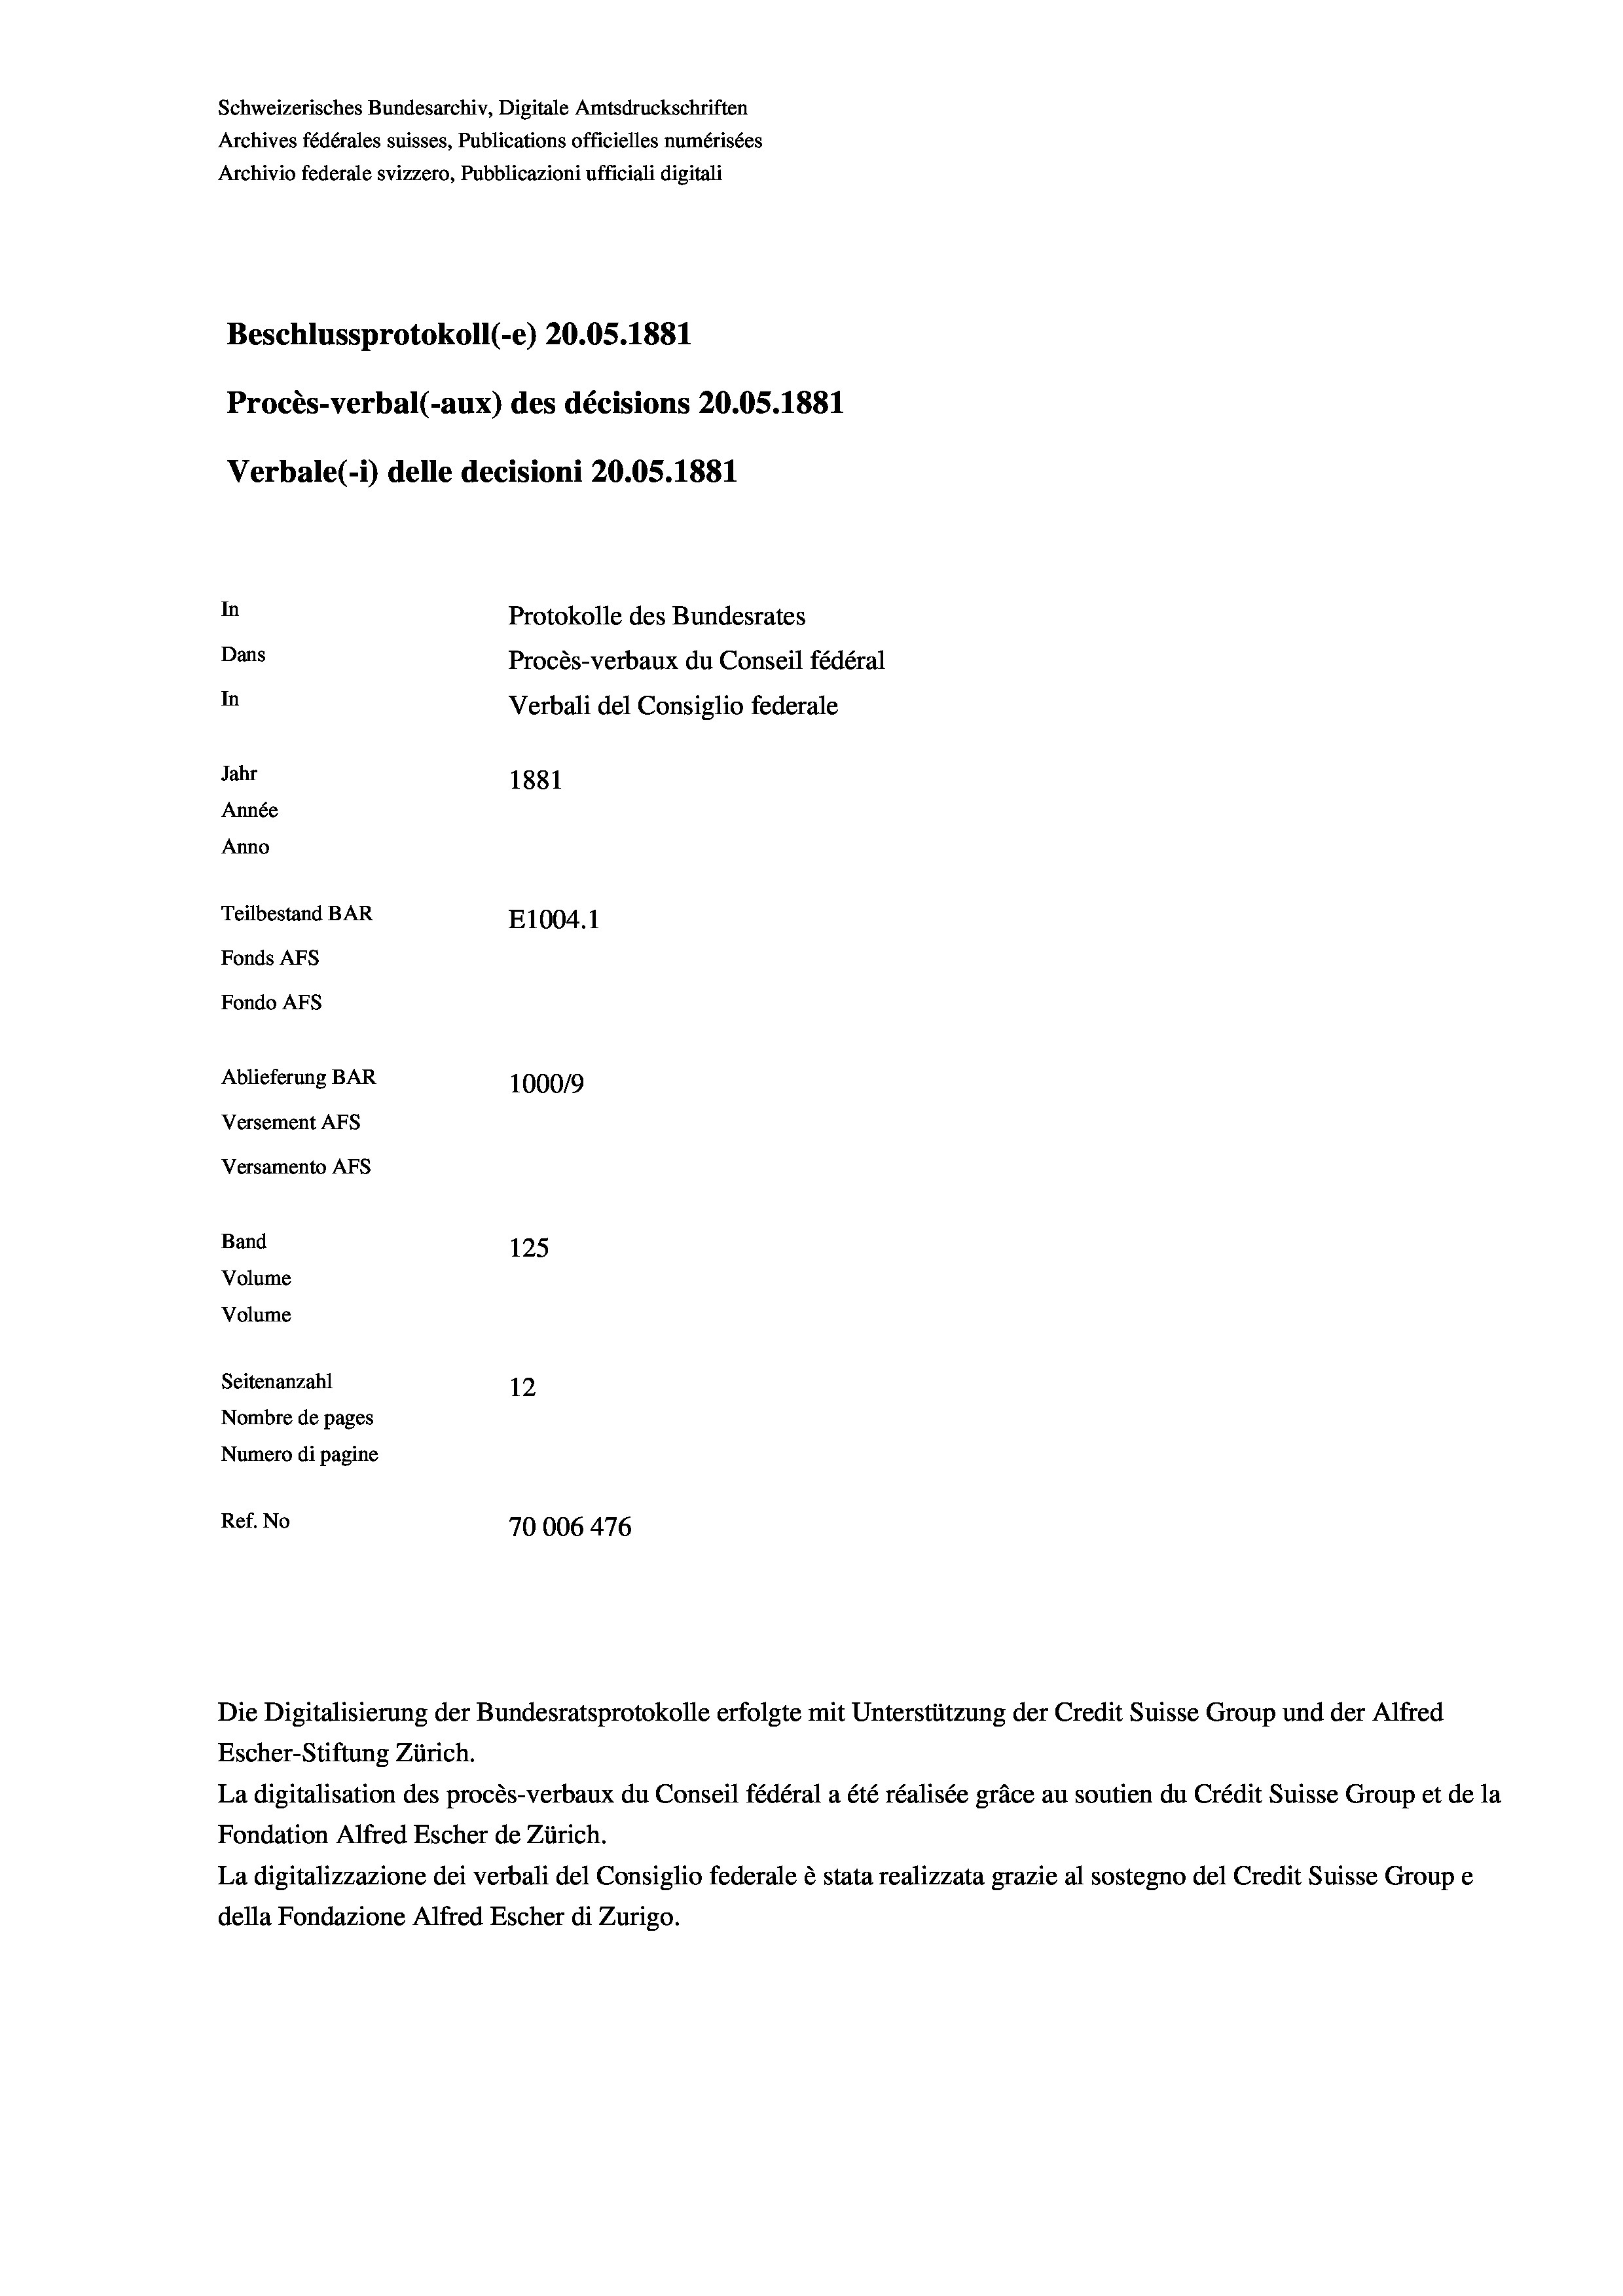
Schweizerisches Bundesarchiv, Digitale Amtsdruckschriften
Archives fédérales suisses, Publications officielles numérisées
Archivio federale svizzero, Pubblicazioni ufficiali digitali
Beschlussprotokoll (-e) 20.05. 1881
Procès-verbal (-aux) des décisions 20.05. 1881
Verbale (1) delle decisioni 20.05. 1881
In
Protokolle des Bundesrates
Dans
Procès-verbaux du Conseil fédéral
In
Verbali del Consiglio federale
Jahr
1881
Année
Anno
Teilbestand BAR
E1004.1
Fonds Afs
Fondo AFs
Ablieferung BAR
1000/9
Versement Abs
Versamento AFs
Band
125
Volume
Volume

Seitenanzahl
12
Nombre de pages
Numero di pagine
Ref. No
70006 476

Escher-Stiftung Zürich.
La digitalisation des procès-verbaux du Conseil fédéral a été réalisée gräce au soutien du Crédit Suisse Group et de la
Fondation Alfred Escher de Zürich.
La digitalizzazione dei verbali del Consiglio federale è stata realizzata grazie al sostegno del Credit Suisse Groupe
della Fondazione Alfred Escher di Zurigo.

Die Digitalisierung der Bundesratsprotokolle erfolgte mit Unterstützung der Credit Suisse Group und der Alfred